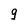
Character: g